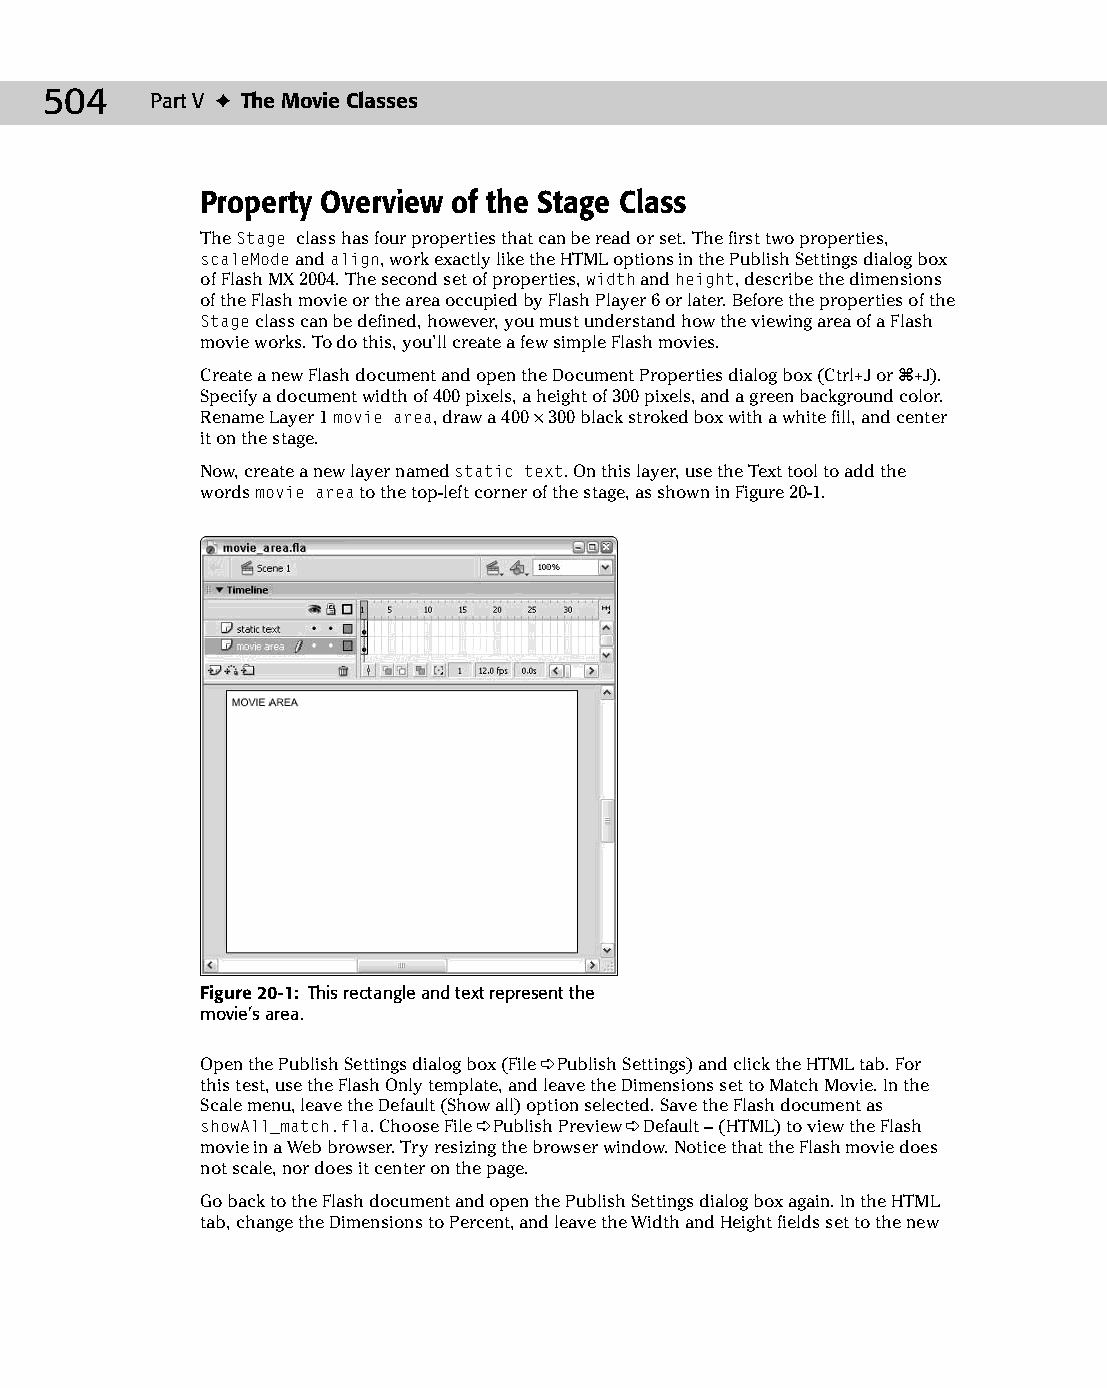
26 543547 ch20.qxd 3/24/04 4:10 PM Page 504
 504    Part V ✦ The Movie Classes
 Property Overview of the Stage Class
 The Stage class has four properties that can be read or set. The first two properties,
 scaleMode and align, work exactly like the HTML options in the Publish Settings dialog box
 of Flash MX 2004. The second set of properties, width and height, describe the dimensions
 of the Flash movie or the area occupied by Flash Player 6 or later. Before the properties of the
 Stage class can be defined, however, you must understand how the viewing area of a Flash
 movie works. To do this, you’ll create a few simple Flash movies.
 Create a new Flash document and open the Document Properties dialog box (Ctrl+J or Ô+J).
 Specify a document width of 400 pixels, a height of 300 pixels, and a green background color.
 Rename Layer 1 movie area, draw a 400 × 300 black stroked box with a white fill, and center
 it on the stage.
 Now, create a new layer named static text. On this layer, use the Text tool to add the
 words movie area to the top-left corner of the stage, as shown in Figure 20-1.
 Figure 20-1: This rectangle and text represent the
 movie’s area.
 Open the Publish Settings dialog box (File ➪ Publish Settings) and click the HTML tab. For
 this test, use the Flash Only template, and leave the Dimensions set to Match Movie. In the
 Scale menu, leave the Default (Show all) option selected. Save the Flash document as
 showAll_match.fla. Choose File ➪ Publish Preview ➪ Default – (HTML) to view the Flash
 movie in a Web browser. Try resizing the browser window. Notice that the Flash movie does
 not scale, nor does it center on the page.
 Go back to the Flash document and open the Publish Settings dialog box again. In the HTML
 tab, change the Dimensions to Percent, and leave the Width and Height fields set to the new